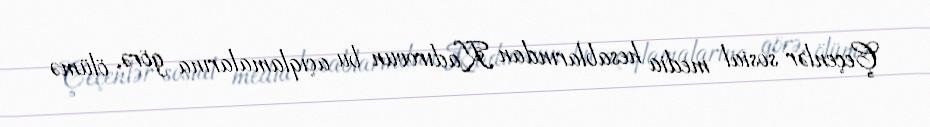
Çeçenlər sosial media hesablarından Kadırovun bu açıqlamalarına görə, ölümə